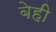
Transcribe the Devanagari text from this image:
बेही